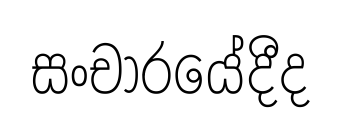
සංචාරයේදීද